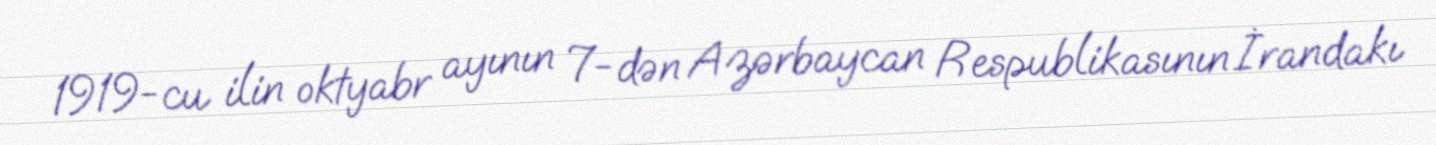
1919-cu ilin oktyabr ayının 7-dən Azərbaycan Respublikasının İrandakı